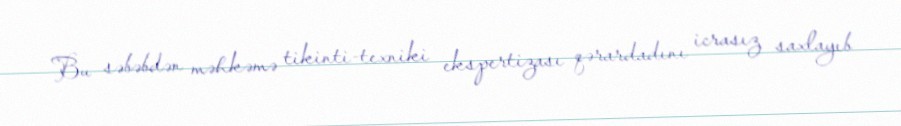
Bu səbəbdən məhkəmə tikinti-texniki ekspertizası qərardadını icrasız saxlayıb